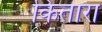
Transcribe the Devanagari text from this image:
किंतारा